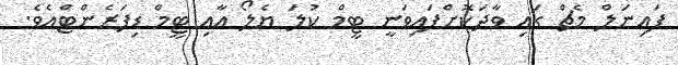
ފައިނަލް މެޗް ގައި ވާދަކޮށްފައިވަނީ ޓީމް ކުލަ ޔެލޯ އާއި ޓީމް ޑިފަރެންޓްއެވެ.